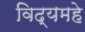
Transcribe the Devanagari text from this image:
विद्यमहे